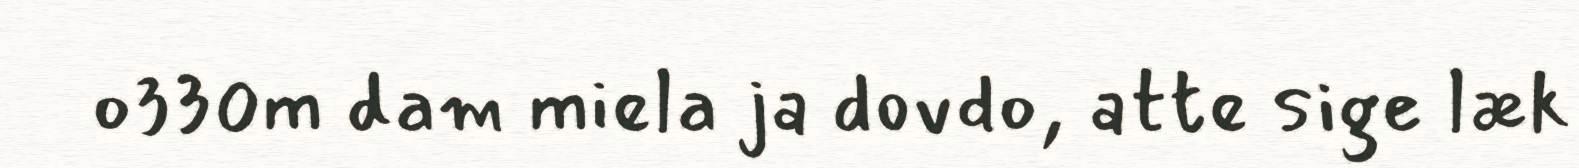
o330m dam miela ja dovdo, atte sige læk